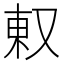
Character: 𫨽